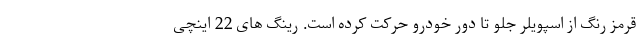
قرمز رنگ از اسپویلر جلو تا دور خودرو حرکت کرده است. رینگ های 22 اینچی